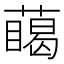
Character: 𮑥